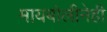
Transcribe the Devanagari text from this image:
मायबोलीनेही